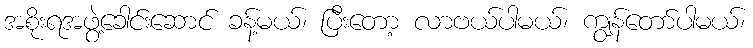
အစိုးရအဖွဲ့ခေါင်းဆောင် ခန့်မယ်၊ ပြီးတော့ လာဗယ်ပါမယ်၊ ကျွန်တော်ပါမယ်၊